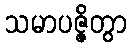
သမာပဇ္ဇိတွာ